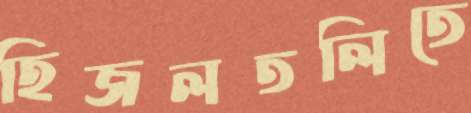
হিজলতলিতে